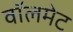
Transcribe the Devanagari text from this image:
वॉलमेट